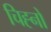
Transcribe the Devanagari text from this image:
चिह्‍नों